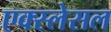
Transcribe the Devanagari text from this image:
एक्स्लेसल